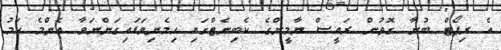
އެ ރިޕޯޓް ބުނާ ގޮތުން ރައީސް ޔާމީންގެ ކެބިނެޓްގައި ހިމެނިވަޑައިގަންނަވާ އެންމެ ކަމު